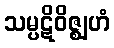
သမ္ပဋိဝိဇ္ဈဟံ